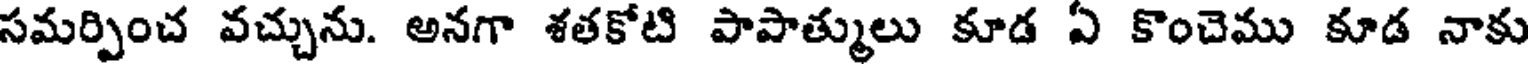
సమర్పించ వచ్చును. అనగా శతకోటి పాపాత్ములు కూడ ఏ కొంచెము కూడ నాకు